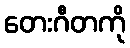
တေးဂီတကို